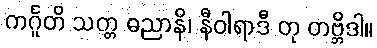
ကင်္ဂူတိ သတ္တ ဓညာနိ၊ နီဝါရာဒီ တု တဗ္ဘိဒါ။